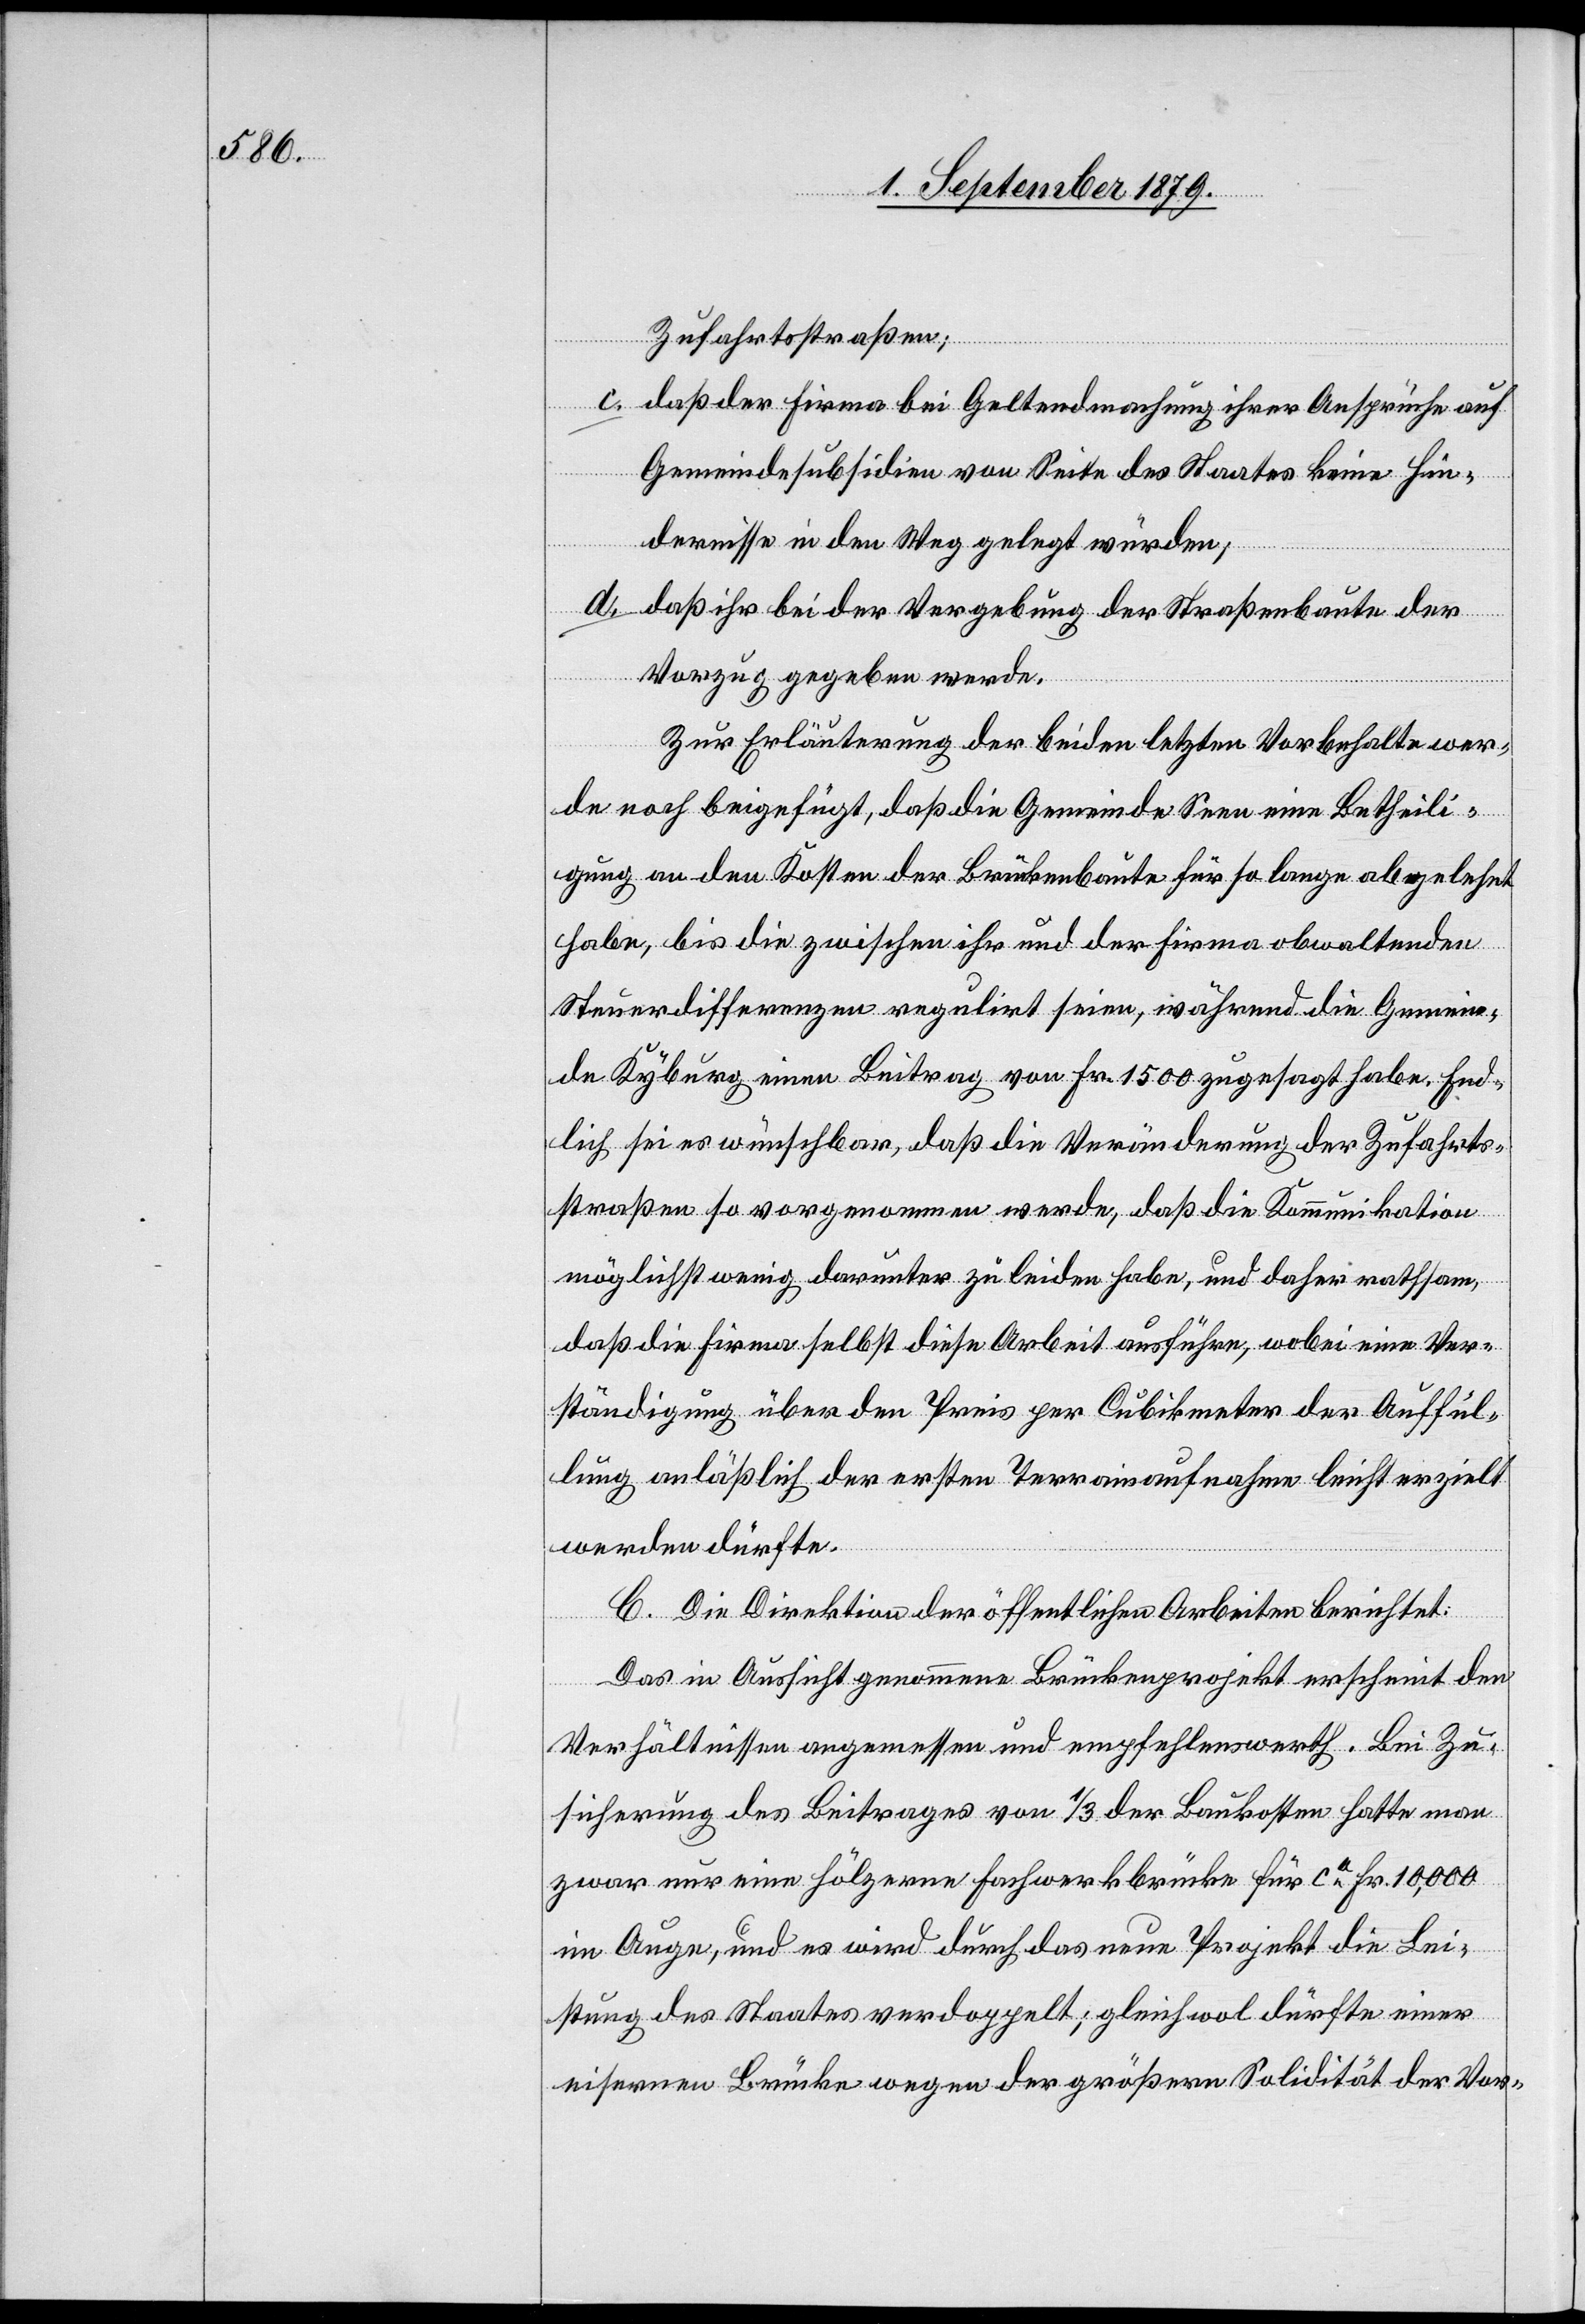
Zufahrtsstraßen;
c. daß der Firma bei Geltendmachung ihrer Ansprüche auf
Gemeindesubsidien von Seite des Staates keine Hin¬
dernisse in den Weg gelegt würden;
d. daß ihr bei der Vergebung der Straßenbaute der
Vorzug gegeben werde.
Zur Erläuterung der beiden letzten Vorbehalte wer¬
de noch beigefügt, daß die Gemeinde Seen eine Betheili¬
gung an den Kosten der Brückenbaute für so lange abgelehnt
habe, bis die zwischen ihr und der Firma obwaltenden
Steuerdifferenzen regulirt seien, während die Gemein¬
de Kyburg einen Beitrag von Fr. 1500 zugesagt habe. End¬
lich sei es wünschbar, daß die Veränderung der Zufahrts¬
straßen so vorgenommen werde, daß die Kommunikation
möglichst wenig darunter zu leiden habe, und daher rathsam,
daß die Firma selbst diese Arbeit ausführe, wobei eine Ver¬
ständigung über den Preis per Cubikmeter der Auffül¬
lung anläßlich der ersten Terrainaufnahme leicht erzielt
werden dürfte.
C. Die Direktion der öffentlichen Arbeiten berichtet:
Das in Aussicht genommene Brückenprojekt erscheint den
Verhältnissen angemessen und empfehlenswerth. Bei Zu¬
sicherung des Beitrages von 1/3 der Baukosten hatte man
zwar nur eine hölzerne Fachwerkbrücke für ca Fr. 10,000
im Auge, und es wird durch das neue Projekt die Lei¬
stung des Staates verdoppelt; gleichwol dürfte einer
eisernen Brücke wegen der größern Solidität der Vor-